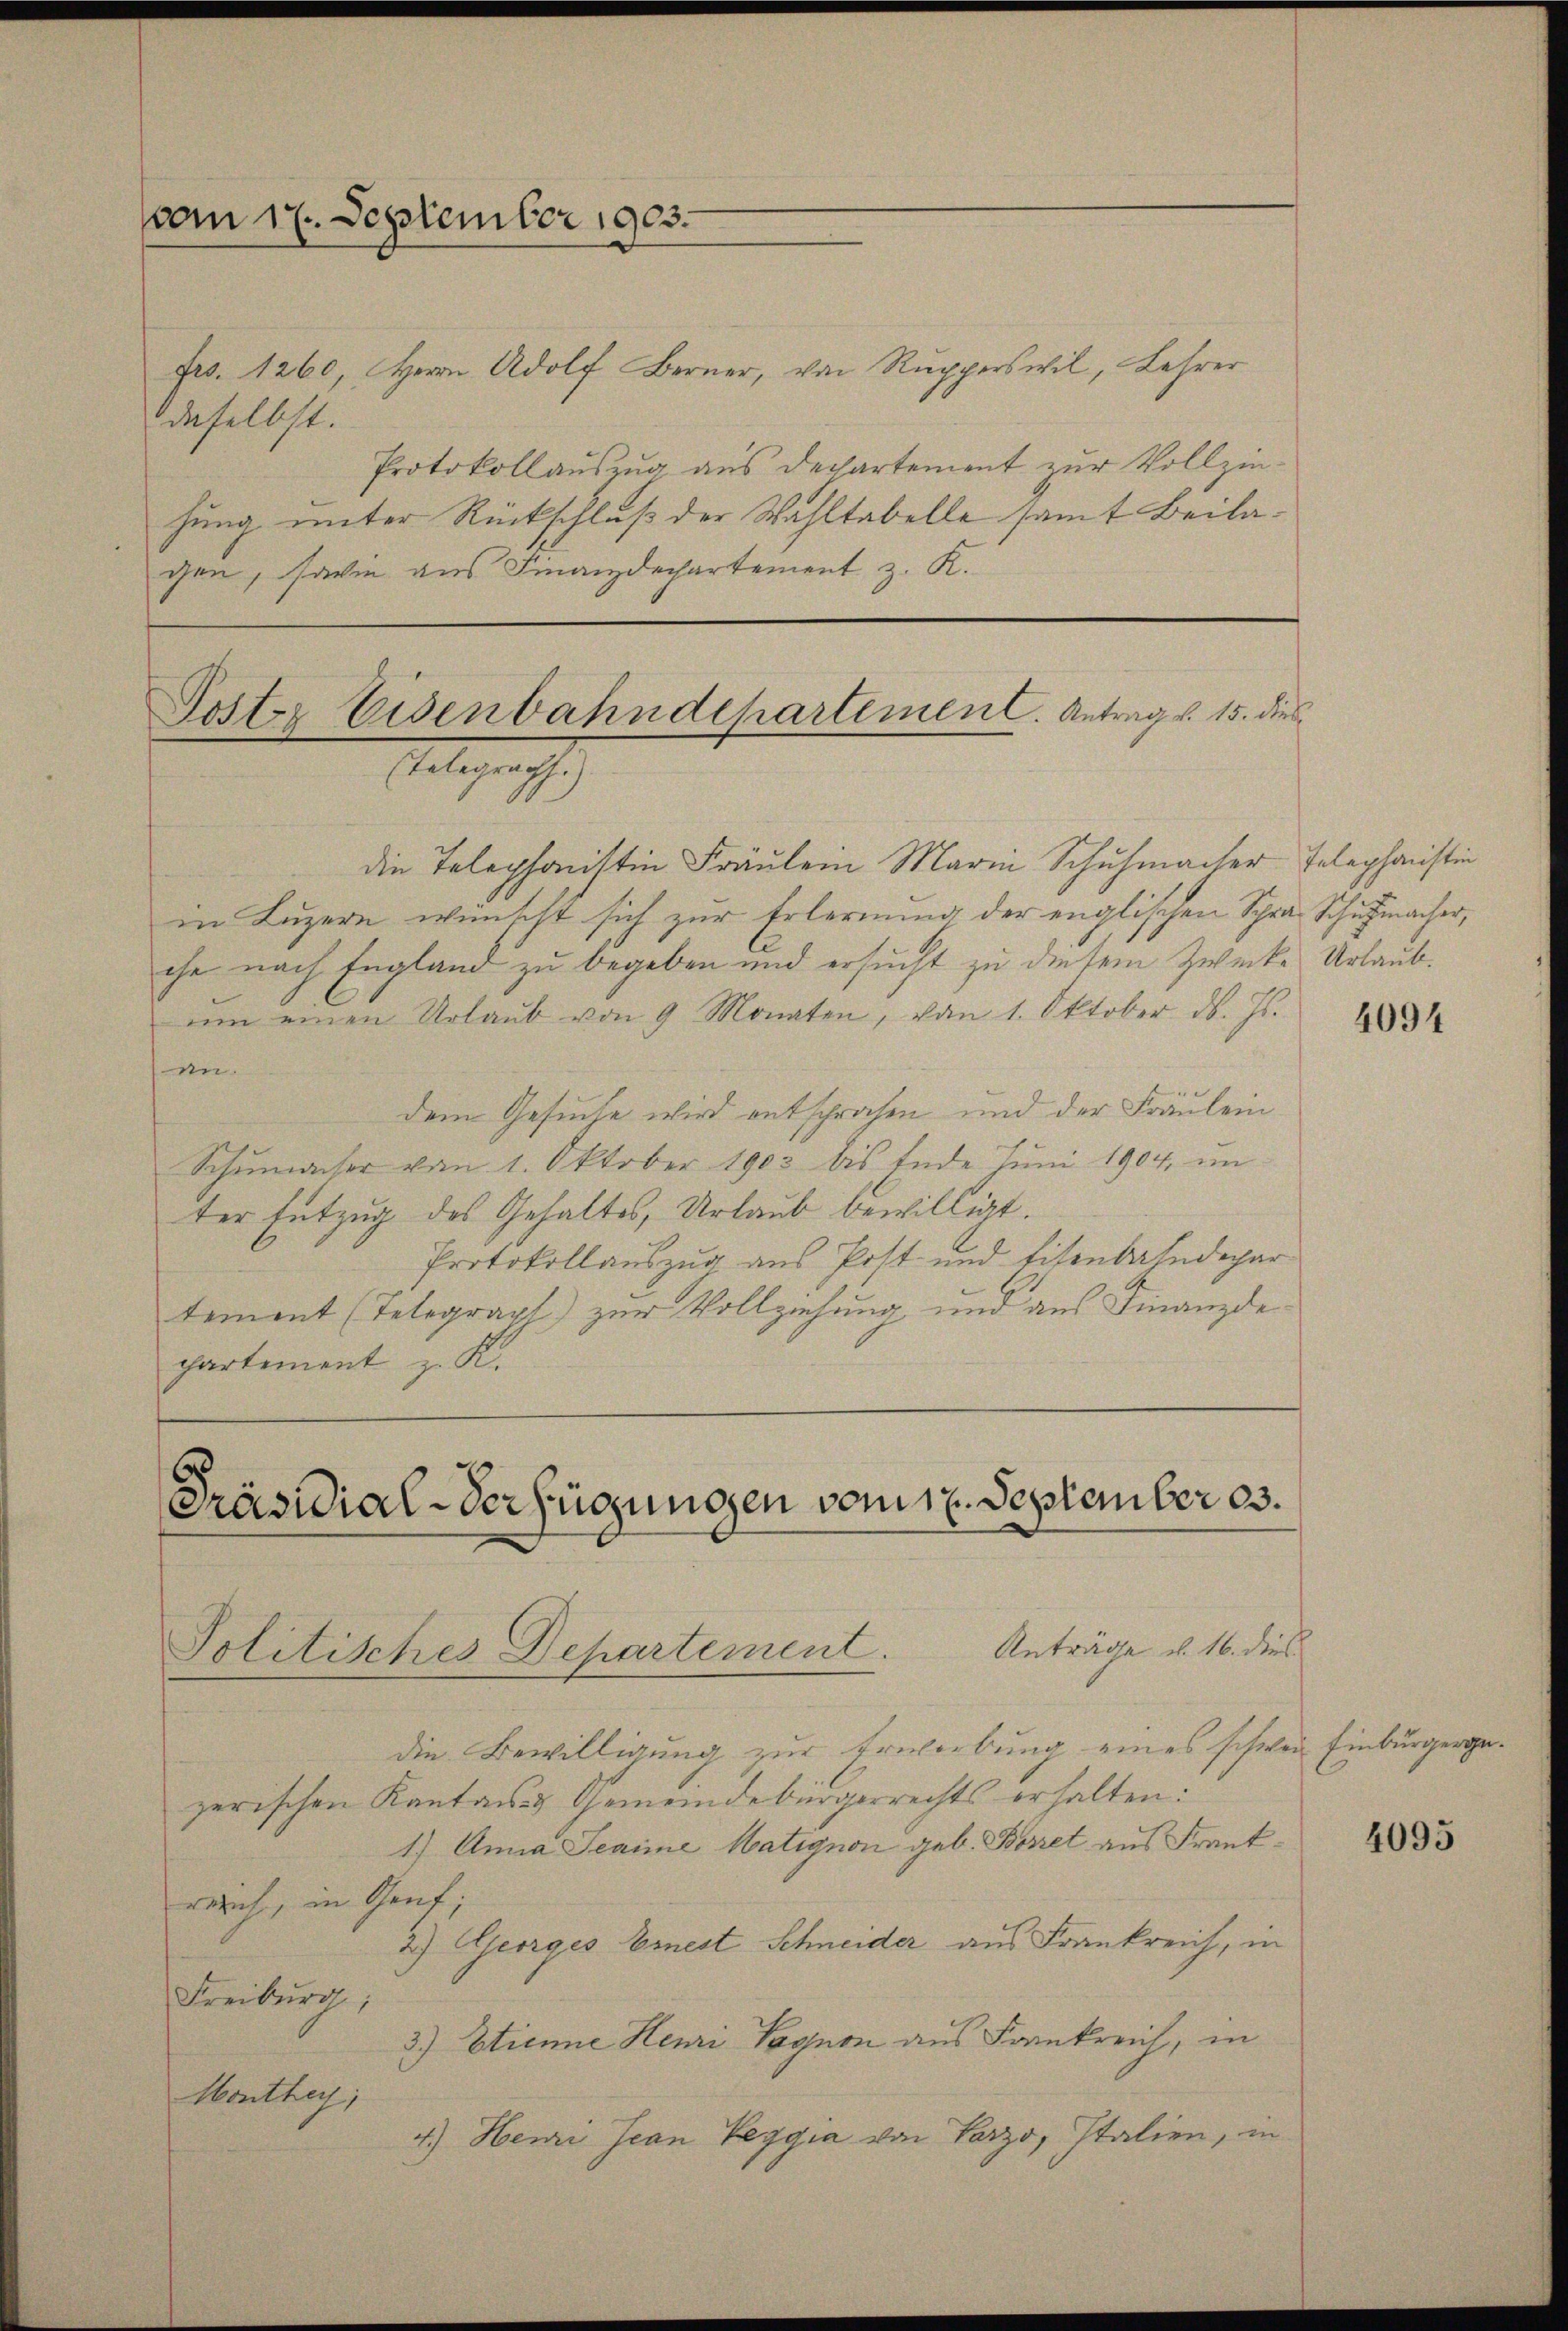
vom 17. September 1903.

Frs. 1260, Herrn Adolf Berner, von Rupperswil, Lehrer
daselbst.
Protokollauszug aus Departement zur Vollzinhung unter Rückschluß der Wahltabelle samt Beilagen, sowie aus Finanzdechartement z. K.

Poster Eisenbahndepartement. Antrag v. 15. dies
Mag. 171

Anträge u. 16. dies
Politisches Departement.

die Telephonistin Fräulein Maria Schuhmacher Telephonsti
in Luzern wünscht sich zur Erlernung der englischen Schra Schutzmacher,
che nach England zu begeben und ersucht zu diesem Zwecke Urlaub.
ŭm einen Urlaŭb von 9 Monaten, von 1. Oktober ds. Js.
en.
dem Gesuche wird entsprochen und der Fräulein
Schumacher vom 1. Oktober 1903 bis Ende Juni 1904, im
ter Entzug des Gehaltes, Urlaub bewilligt.
Protokollauszug aus Post- und Eisenbahndepar
tement (Telegrapt) zur Vollziehung und aus Finanzdepartement z. K.
Präsidial-Verfügungen vom 17. September 83.

die Bewilligung zur Erwerbung eines schwer Einburgergezerischen Kantons- & Gemeindebürgerrechts erhalten:
1) Anna Senime Matignon geb. Bovet aus Frankrelich, in Gent;
2.) Georges Ernest Schneider aus Frankreich, in
Freiburg,
3) Etienne Henri Vognon aus Frankreich, in
Monthey,
4.) Hemi Jean Peggia von Parzo, Italien, in

4094

4095